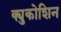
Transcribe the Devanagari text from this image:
क्युकोशिन